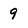
Character: 9